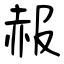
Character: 赧